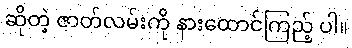
ဆိုတဲ့ ဇာတ်လမ်းကို နားထောင်ကြည့် ပါ။